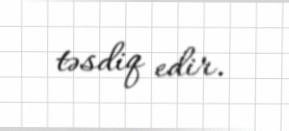
təsdiq edir.